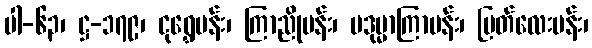
ပါ-၆၃၊ ဋ္ဌ-၁၇၉၊ ငုရွှေပန်း၊ ကြာညိုပန်း၊ ပဒုမ္မာကြာပန်း၊ မြတ်လေးပန်း၊